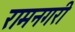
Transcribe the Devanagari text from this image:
रामनगरी